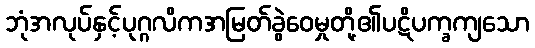
ဘုံအလုပ်နှင့်ပုဂ္ဂလိကအမြတ်ခွဲဝေမှုတို့၏ပဋိပက္ခကျသော